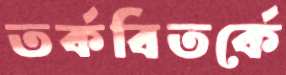
তর্কবিতর্কে